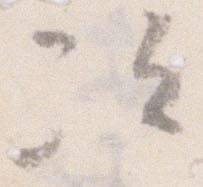
次